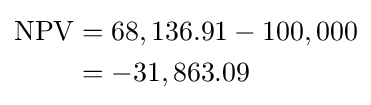
{\begin{aligned}\mathrm {NPV} &=68,136.91-100,000\\&=-31,863.09\end{aligned}}